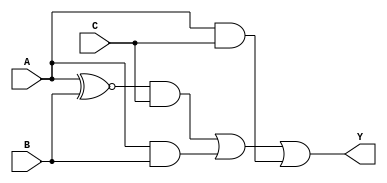
module three_variable_kmap (
    input wire A,    // Input A
    input wire B,    // Input B
    input wire C,    // Input C
    output wire Y    // Output Y
);

// K-map derived logic expression based on the provided K-map
// From the K-map, the simplified Boolean expression is:
// Y = A'C + AB + AC
assign Y = (A ~^ B) & C | (A & B) | (A & C);

endmodule